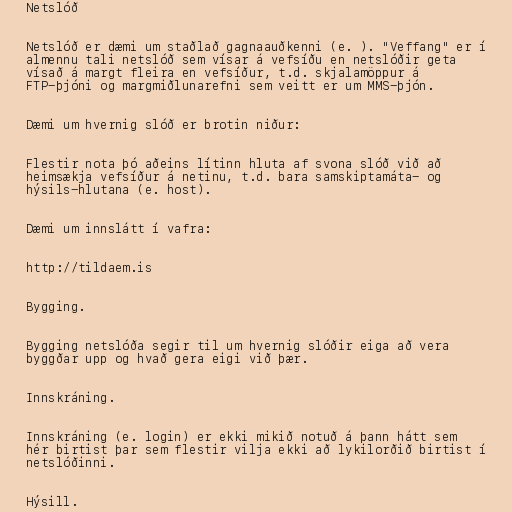
Netslóð

Netslóð er dæmi um staðlað gagnaauðkenni (e. ). "Veffang" er í
almennu tali netslóð sem vísar á vefsíðu en netslóðir geta
vísað á margt fleira en vefsíður, t.d. skjalamöppur á
FTP-þjóni og margmiðlunarefni sem veitt er um MMS-þjón.

Dæmi um hvernig slóð er brotin niður:

Flestir nota þó aðeins lítinn hluta af svona slóð við að
heimsækja vefsíður á netinu, t.d. bara samskiptamáta- og
hýsils-hlutana (e. host).

Dæmi um innslátt í vafra:

http://tildaem.is

Bygging.

Bygging netslóða segir til um hvernig slóðir eiga að vera
byggðar upp og hvað gera eigi við þær.

Innskráning.

Innskráning (e. login) er ekki mikið notuð á þann hátt sem
hér birtist þar sem flestir vilja ekki að lykilorðið birtist í
netslóðinni.

Hýsill.